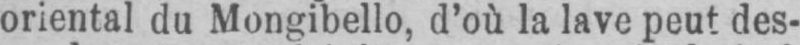
oriental du Mongibello, d’où la lave peut des-